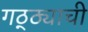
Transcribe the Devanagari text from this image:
गठ्ठ्याची